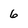
Character: 6